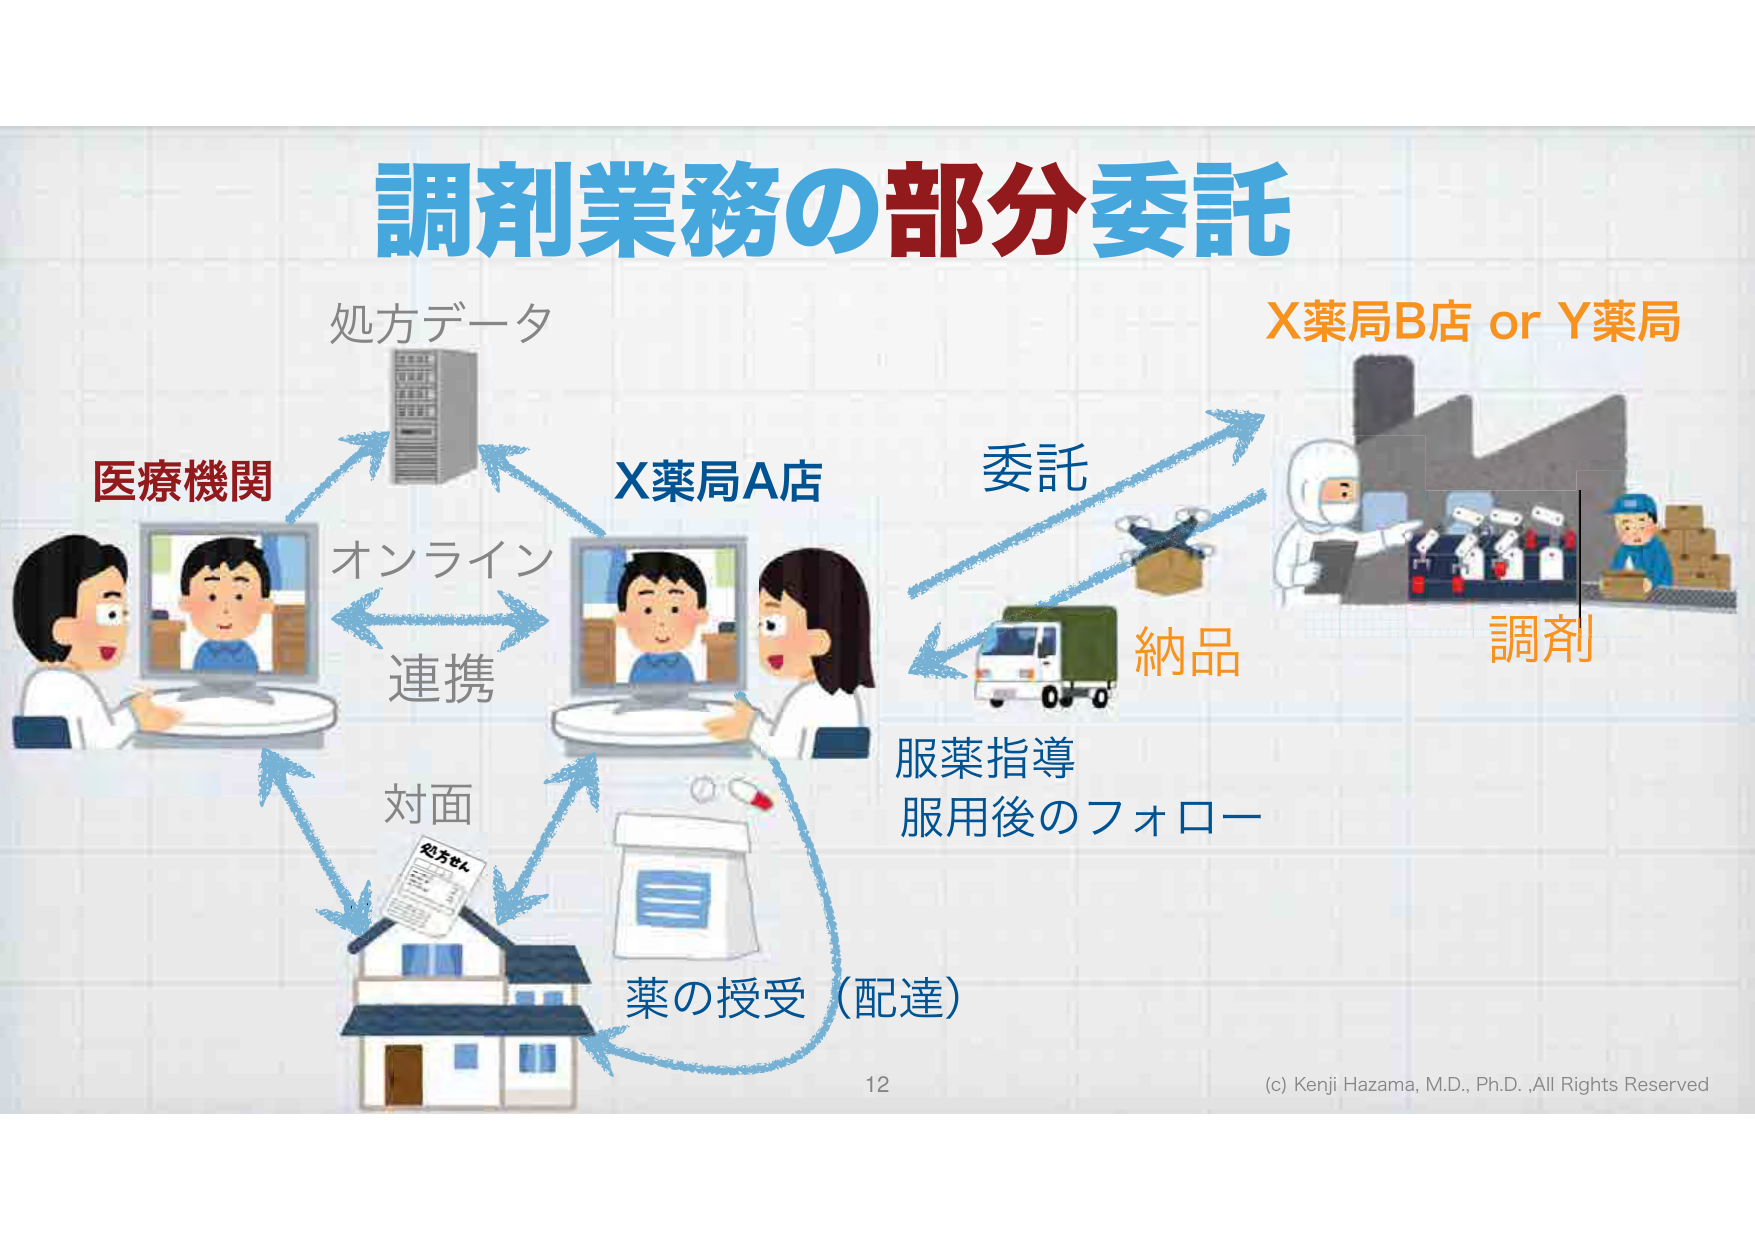
調剤業務の部分委託
処方データ
医療機関
オンライン
連携
対面
処方せん
X薬局A店
委託
納品
X薬局B店 or Y薬局
調剤
服薬指導
服用後のフォロー
薬の受取（配達）
12
(c) Kenji Hazama, M.D., Ph.D., All Rights Reserved